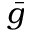
\bar { g }